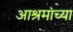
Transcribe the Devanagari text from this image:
आश्रमांच्या